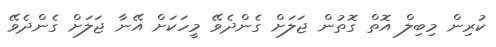
ކުރިން މިބިލް އޮތް ގޮތުން ޖަލަށް ގެންދެވޭ މީހަކަށް އޭނާ ޖަލަށް ގެންދެވޭ